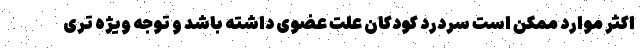
اکثر موارد ممکن است سردرد کودکان علت عضوی داشته باشد و توجه ویژه تری